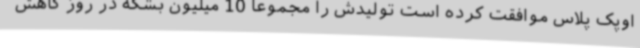
اوپک پلاس موافقت کرده است تولیدش را مجموعا 10 میلیون بشکه در روز کاهش